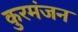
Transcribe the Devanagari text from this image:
कुरमंजन